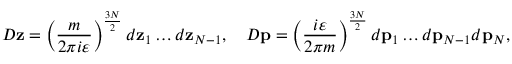
{ \cal D } { \bf z } = \left( { \frac { m } { 2 \pi i \varepsilon } } \right) ^ { \frac { 3 N } { 2 } } d { \bf z } _ { 1 } \dots d { \bf z } _ { N - 1 } , \quad { \cal D } { \bf p } = \left( { \frac { i \varepsilon } { 2 \pi m } } \right) ^ { \frac { 3 N } { 2 } } d { \bf p } _ { 1 } \dots d { \bf p } _ { N - 1 } d { \bf p } _ { N } ,